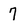
Character: 7